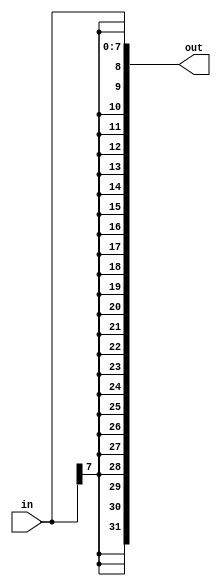
/* Build a circuit that sign-extends an 8-bit number to 32 bits. 
    This requires a concatenation of 24 copies of the sign bit 
    (i.e., replicate bit[7] 24 times) followed by the 8-bit number itself. */

module top_module (
    input [7:0] in,
    output [31:0] out );
    
    assign out={{24{in[7]}},in[7:0]};

endmodule